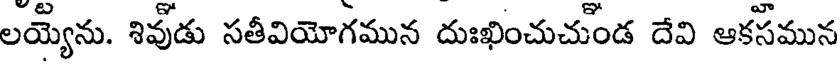
లయ్యెను. శివుడు సతీవియోగమున దుఃఖించుచుండ దేవి ఆకసమున